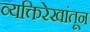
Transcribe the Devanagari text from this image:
व्यक्तिरेखांतून